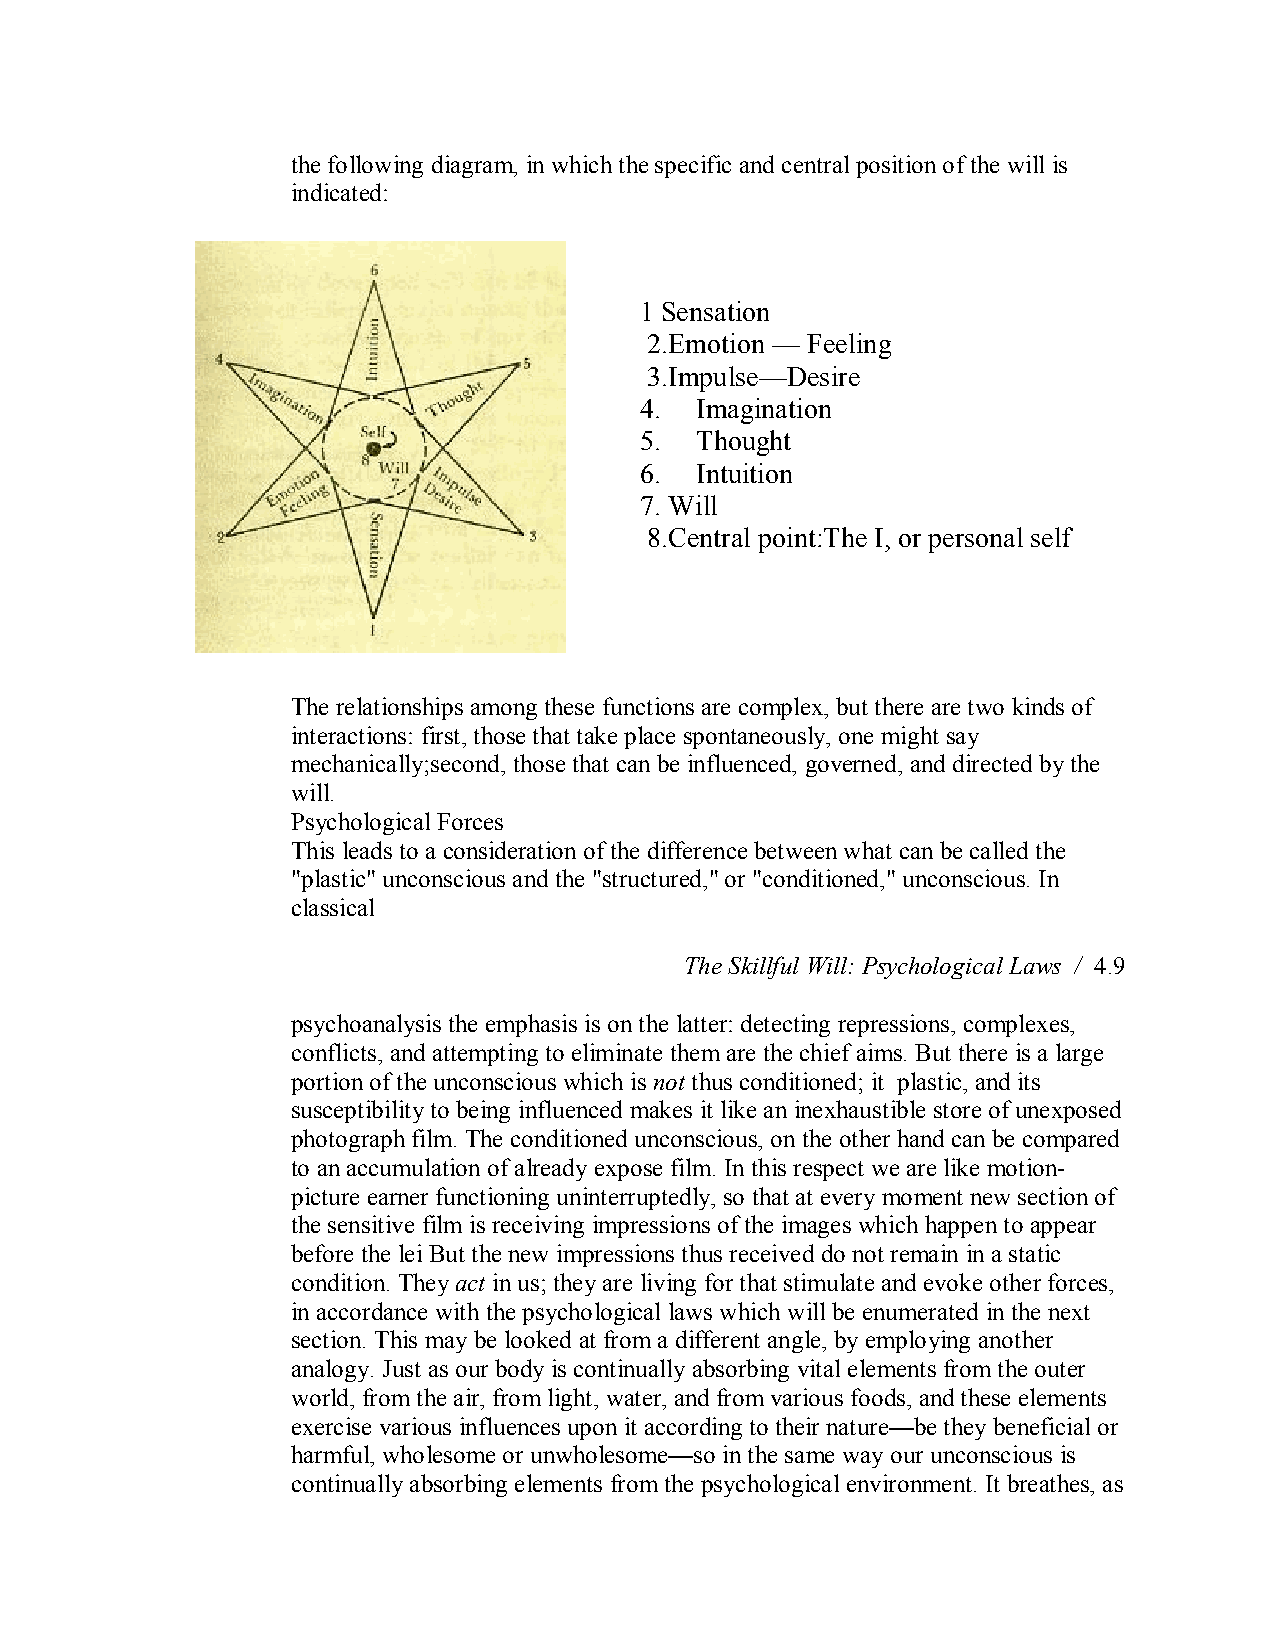
the following diagram, in which the specific and central position of the will is
 indicated:
 1 Sensation
 2.Emotion — Feeling
 3.Impulse—Desire
 4.  Imagination
 5.  Thought
 6.  Intuition
 7. Will
 8.Central point:The I, or personal self
 The relationships among these functions are complex, but there are two kinds of
 interactions: first, those that take place spontaneously, one might say
 mechanically;second, those that can be influenced, governed, and directed by the
 will.
 Psychological Forces
 This leads to a consideration of the difference between what can be called the
 "plastic" unconscious and the "structured," or "conditioned," unconscious. In
 classical
 The Skillful Will: Psychological Laws / 4.9
 psychoanalysis the emphasis is on the latter: detecting repressions, complexes,
 conflicts, and attempting to eliminate them are the chief aims. But there is a large
 portion of the unconscious which is not thus conditioned; it plastic, and its
 susceptibility to being influenced makes it like an inexhaustible store of unexposed
 photograph film. The conditioned unconscious, on the other hand can be compared
 to an accumulation of already expose film. In this respect we are like motion­
 picture earner functioning uninterruptedly, so that at every moment new section of
 the sensitive film is receiving impressions of the images which happen to appear
 before the lei But the new impressions thus received do not remain in a static
 condition. Theyact in us; they are living for that stimulate and evoke other forces,
 in accordance with the psychological laws which will be enumerated in the next
 section. This may be looked at from a different angle, by employing another
 analogy. Just as our body is continually absorbing vital elements from the outer
 world, fromthe air, from light, water, and from various foods, and these elements
 exercise various influences upon it according to their nature—be they beneficial or
 harmful, wholesome or unwholesome—so in the same way our unconscious is
 continually absorbing elements from the psychological environment. It breathes, as